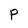
Character: p